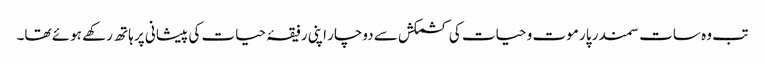
تب وہ سات سمندر پار موت و حیات کی کشمکش سے دوچار اپنی رفیقۂ حیات کی پیشانی پر ہاتھ رکھے ہوئے تھا۔